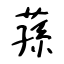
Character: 蓀